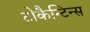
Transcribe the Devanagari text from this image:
टोकैन्टिन्स